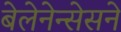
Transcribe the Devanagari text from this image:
बेलेनेन्सेसने